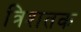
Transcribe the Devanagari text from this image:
त्रिशतक